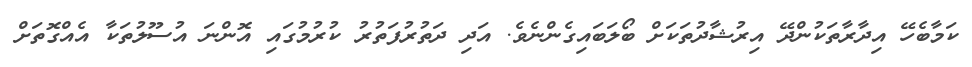
ކަމާބެހޭ އިދާރާތަކުންދޭ އިރުޝާދުތަކަށް ބޯލަބައިގެންނެވެ. އަދި ދަތުރުފަތުރު ކުރުމުގައި އޮންނަ އުސޫލުތަކާ އެއްގޮތަށް